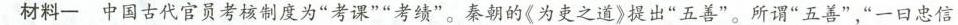
材料- 中国古代官员考核制度为”考课””考绩”。秦朝的《为吏之道》提出”五善”。所谓”五善”，”一口忠信